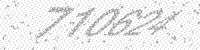
Solution: 710624